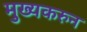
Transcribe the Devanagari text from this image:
मुख्यकरुन